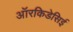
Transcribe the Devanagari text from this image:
ऑरकिडेसिई